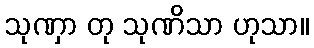
သုဏှာ တု သုဏိသာ ဟုသာ။